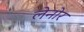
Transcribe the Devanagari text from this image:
लेनोर